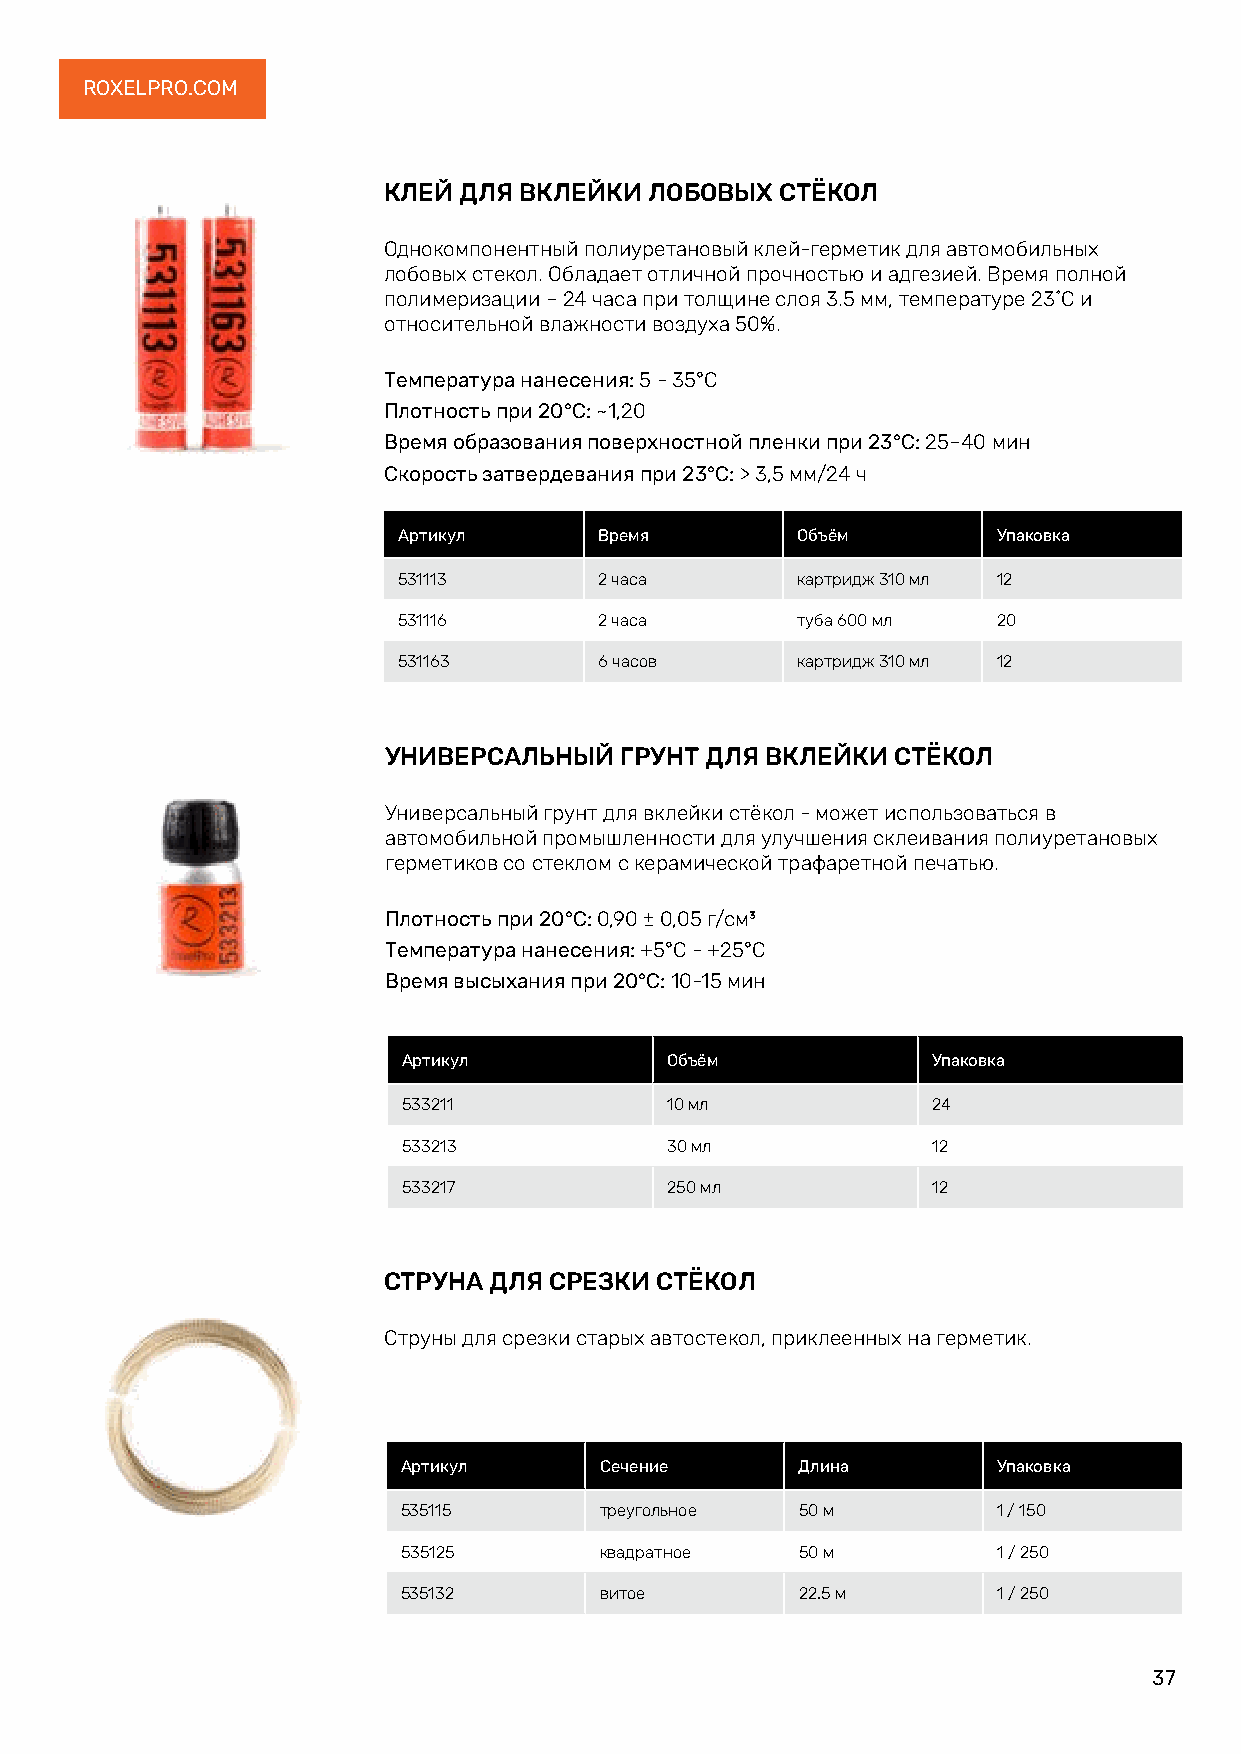
ROXELPRO.COM
 КЛЕЙ ДЛЯ ВКЛЕЙКИ  ЛОБОВЫХ  СТЁКОЛ
 Однокомпонентный полиуретановый клей-герметик для автомобильных
 лобовых стекол. Обладает отличной прочностью и адгезией. Время полной
 полимеризации – 24 часа при толщине слоя 3.5 мм, температуре 23˚С и
 относительной влажности воздуха 50%.
 Температура нанесения: 5 - 35°C
 Плотность при 20°C: ~1,20
 Время образования поверхностной пленки при 23°C: 25–40 мин
 Скорость затвердевания при 23°C: > 3,5 мм/24 ч
 Артикул       Время        Объём        Упаковка
 531113        2 часа       картридж 310 мл 12
 531116        2 часа       туба 600 мл  20
 531163        6 часов      картридж 310 мл 12
 УНИВЕРСАЛЬНЫЙ   ГРУНТ ДЛЯ ВКЛЕЙКИ СТЁКОЛ
 Универсальный грунт для вклейки стёкол - может использоваться в
 автомобильной промышленности для улучшения склеивания полиуретановых
 герметиков со стеклом с керамической трафаретной печатью.
 Плотность при 20°C: 0,90 ± 0,05 г/см³
 Температура нанесения: +5°C - +25°C
 Время высыхания при 20°C: 10-15 мин
 Артикул          Объём             Упаковка
 533211           10 мл             24
 533213           30 мл             12
 533217           250 мл            12
 СТРУНА ДЛЯ СРЕЗКИ СТЁКОЛ
 Струны для срезки старых автостекол, приклеенных на герметик.
 Артикул      Сечение      Длина        Упаковка
 535115       треугольное  50 м         1 / 150
 535125       квадратное   50 м         1 / 250
 535132       витое        22.5 м       1 / 250
 37